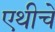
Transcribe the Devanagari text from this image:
एथीचे